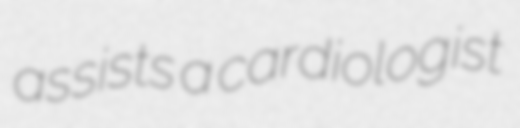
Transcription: assists a cardiologist